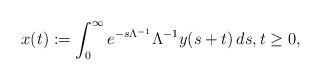
LaTeX: \begin{align*}x(t):= \int_0^\infty e^{-s\Lambda^{-1}} \Lambda^{-1}y(s+t)\, ds, t\ge 0,\end{align*}